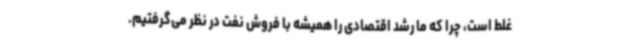
غلط است، چرا که ما رشد اقتصادی را همیشه با فروش نفت در نظر می‌گرفتیم.